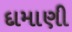
દામાણી